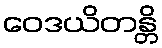
ဝေဒယိတန္တိ